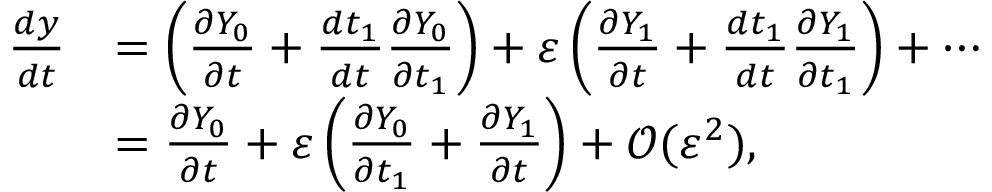
{ \begin{array} { r l } { { \frac { d y } { d t } } } & { = \left( { \frac { \partial Y _ { 0 } } { \partial t } } + { \frac { d t _ { 1 } } { d t } } { \frac { \partial Y _ { 0 } } { \partial t _ { 1 } } } \right) + \varepsilon \left( { \frac { \partial Y _ { 1 } } { \partial t } } + { \frac { d t _ { 1 } } { d t } } { \frac { \partial Y _ { 1 } } { \partial t _ { 1 } } } \right) + \cdots } \\ & { = { \frac { \partial Y _ { 0 } } { \partial t } } + \varepsilon \left( { \frac { \partial Y _ { 0 } } { \partial t _ { 1 } } } + { \frac { \partial Y _ { 1 } } { \partial t } } \right) + { \mathcal { O } } ( \varepsilon ^ { 2 } ) , } \end{array} }